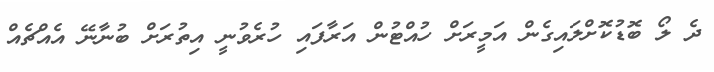
ދެ ލޯ ބޮޑުކޮށްލައިގެން އަމީރަށް ހުއްޓުން އަރާފައި ހުރެވުނީ އިތުރަށް ބުނާނޭ އެއްޗެއް